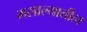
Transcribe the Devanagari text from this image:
मसाल्यातील